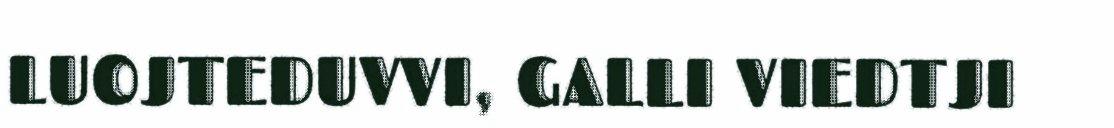
LUOJTEDUVVI, GALLI VIEDTJI